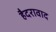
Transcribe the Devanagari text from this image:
हैदरावाद